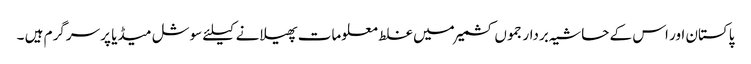
پاکستان اور اس کے حاشیہ بردار جموں کشمیرمیں غلط معلومات پھیلانے کیلئے سوشل میڈیا پر سرگرم ہیں ۔